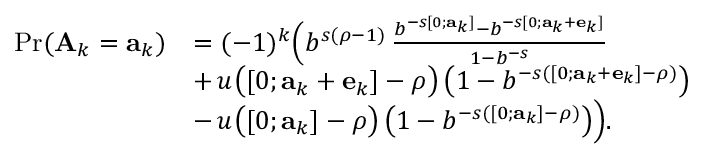
\begin{array} { r l } { \operatorname* { P r } ( \mathbf { A } _ { k } = \mathbf { a } _ { k } ) } & { = ( - 1 ) ^ { k } \Big ( b ^ { s ( \rho - 1 ) } \, \frac { b ^ { - s [ 0 ; \mathbf { a } _ { k } ] } - b ^ { - s [ 0 ; \mathbf { a } _ { k } + \mathbf { e } _ { k } ] } } { 1 - b ^ { - s } } } \\ & { + \, u \big ( [ 0 ; \mathbf { a } _ { k } + \mathbf { e } _ { k } ] - \rho \big ) \, \big ( 1 - b ^ { - s ( [ 0 ; \mathbf { a } _ { k } + \mathbf { e } _ { k } ] - \rho ) } \big ) } \\ & { - \, u \big ( [ 0 ; \mathbf { a } _ { k } ] - \rho \big ) \, \big ( 1 - b ^ { - s ( [ 0 ; \mathbf { a } _ { k } ] - \rho ) } \big ) \Big ) . } \end{array}